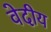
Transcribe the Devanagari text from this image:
वेदीय